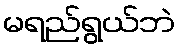
မရည်ရွယ်ဘဲ